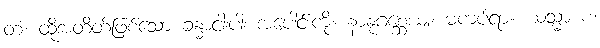
တံ၊ ထိုအတိတ်ဖြစ်သော ခန္ဓာငါးပါး အပေါင်းကို။ နာနုဂစ္ဆေယျ၊ မကပ်ရာ။ ယသ္မာ စ၊